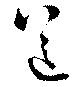
送